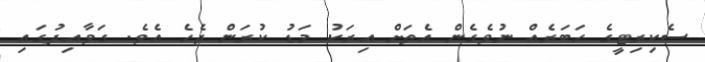
ސެކިރިޓީގެ ހަބަރެއް ނުވެގެން އެތަށް އިރަކު މަޑު ކުރަން ޖެހެ އެވެ. ގަވާއިދުގައި